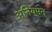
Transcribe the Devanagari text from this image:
अनियमन